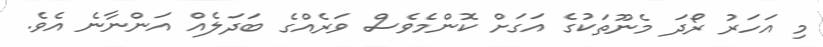
މި އަހަރު ރޯދަ މެނޫތަކުގެ އަގަށް ކޮންމެވެސް ވަރެއްގެ ބަދަލެއް އަންނާނެ އެވެ.